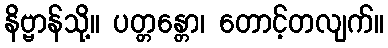
နိဗ္ဗာန်သို့။ ပတ္တန္တော၊ တောင့်တလျက်။